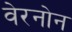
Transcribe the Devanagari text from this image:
वेरनोन